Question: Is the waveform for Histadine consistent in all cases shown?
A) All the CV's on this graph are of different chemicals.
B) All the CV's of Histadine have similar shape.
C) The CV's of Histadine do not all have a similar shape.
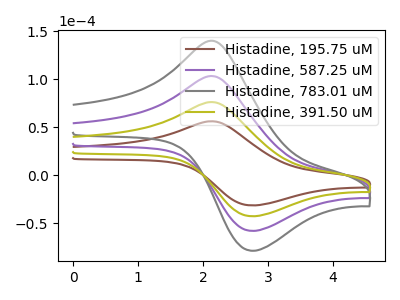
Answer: <think>The brown curve "Histadine, 195.75 uM" has an anodic peak at (2.20V, 55.80uA) and a cathodic peak at (2.75V, -31.60uA). The purple curve "Histadine, 587.25 uM" has an anodic peak at (2.20V, 151.40uA) and a cathodic peak at (2.75V, -85.65uA). The gray curve "Histadine, 783.01 uM" has an anodic peak at (2.20V, 227.10uA) and a cathodic peak at (2.75V, -128.50uA). The olive curve "Histadine, 391.50 uM" has an anodic peak at (2.20V, 75.70uA) and a cathodic peak at (2.75V, -42.85uA).
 All the peaks in "Histadine, 195.75 uM" have a peak in "Histadine, 587.25 uM" at the same potential. Every peak in "Histadine, 195.75 uM" is lower than every peak in "Histadine, 587.25 uM". All the peaks in "Histadine, 195.75 uM" have a peak in "Histadine, 783.01 uM" at the same potential. Every peak in "Histadine, 195.75 uM" is lower than every peak in "Histadine, 783.01 uM". All the peaks in "Histadine, 195.75 uM" have a peak in "Histadine, 391.50 uM" at the same potential. Every peak in "Histadine, 195.75 uM" is lower than every peak in "Histadine, 391.50 uM". All the peaks in "Histadine, 587.25 uM" have a peak in "Histadine, 783.01 uM" at the same potential. Every peak in "Histadine, 587.25 uM" is lower than every peak in "Histadine, 783.01 uM". All the peaks in "Histadine, 587.25 uM" have a peak in "Histadine, 391.50 uM" at the same potential. Every peak in "Histadine, 587.25 uM" is higher than every peak in "Histadine, 391.50 uM". All the peaks in "Histadine, 783.01 uM" have a peak in "Histadine, 391.50 uM" at the same potential. Every peak in "Histadine, 783.01 uM" is higher than every peak in "Histadine, 391.50 uM".</think>
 <answer>B) All the CV's of "Histadine" have similar shape.</answer>
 <eval>B</eval>